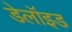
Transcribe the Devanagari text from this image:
डेलॉइड